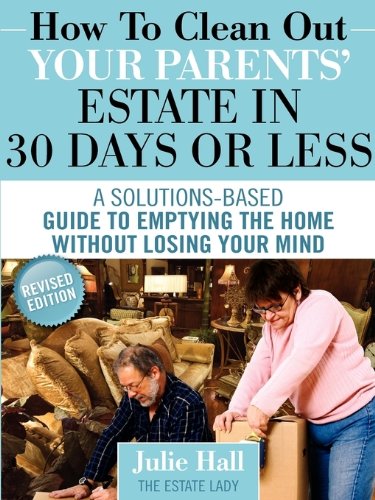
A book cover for How to Clean Out Your Parents' Estate in 30 Days or Less; Julie Hall; Parenting & Relationships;